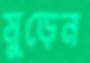
মুড়েন